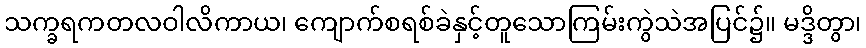
သက္ခရကတလဝါလိကာယ၊ ကျောက်စရစ်ခဲနှင့်တူသောကြမ်းကွဲသဲအပြင်၌။ မဒ္ဒိတွာ၊